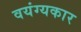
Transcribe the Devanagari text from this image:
वयंग्यकार